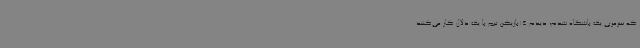
که سرمربی یک باشگاه شدم، دیدم 14بازیکن تیم با یک دلال کار می‌کنند